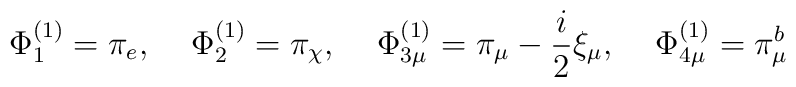
\Phi_1^{(1)}=\pi_e, \quad \,  \Phi_2^{(1)}=\pi_\chi, \,\quad\Phi_{3\mu}^{(1)}=\pi_\mu-\frac{i}{2}\xi_\mu,\quad\,\Phi_{4\mu}^{(1)}=\pi_\mu^b